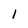
Character: 1